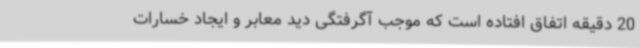
20 دقیقه اتفاق افتاده است که موجب آگرفتگی دید معابر و ایجاد خسارات